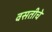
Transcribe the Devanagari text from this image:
वसतीचे